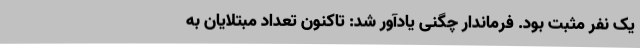
یک نفر مثبت بود. فرماندار چگنی یادآور شد: تاکنون تعداد مبتلایان به